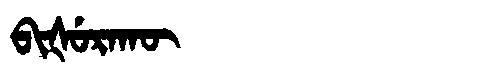
Manchu: ᠪᡳᡧᡠᡵᠠᡴᡡ
Romanization: BIŠURAKŪ